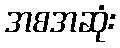
အစအဆုံး